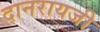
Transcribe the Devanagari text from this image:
दानरायजी